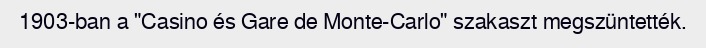
1903-ban a "Casino és Gare de Monte-Carlo" szakaszt megszüntették.